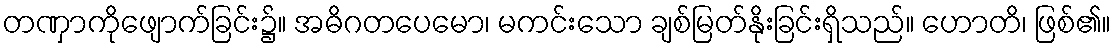
တဏှာကိုဖျောက်ခြင်း၌။ အဓိဂတပေမော၊ မကင်းသော ချစ်မြတ်နိုးခြင်းရှိသည်။ ဟောတိ၊ ဖြစ်၏။